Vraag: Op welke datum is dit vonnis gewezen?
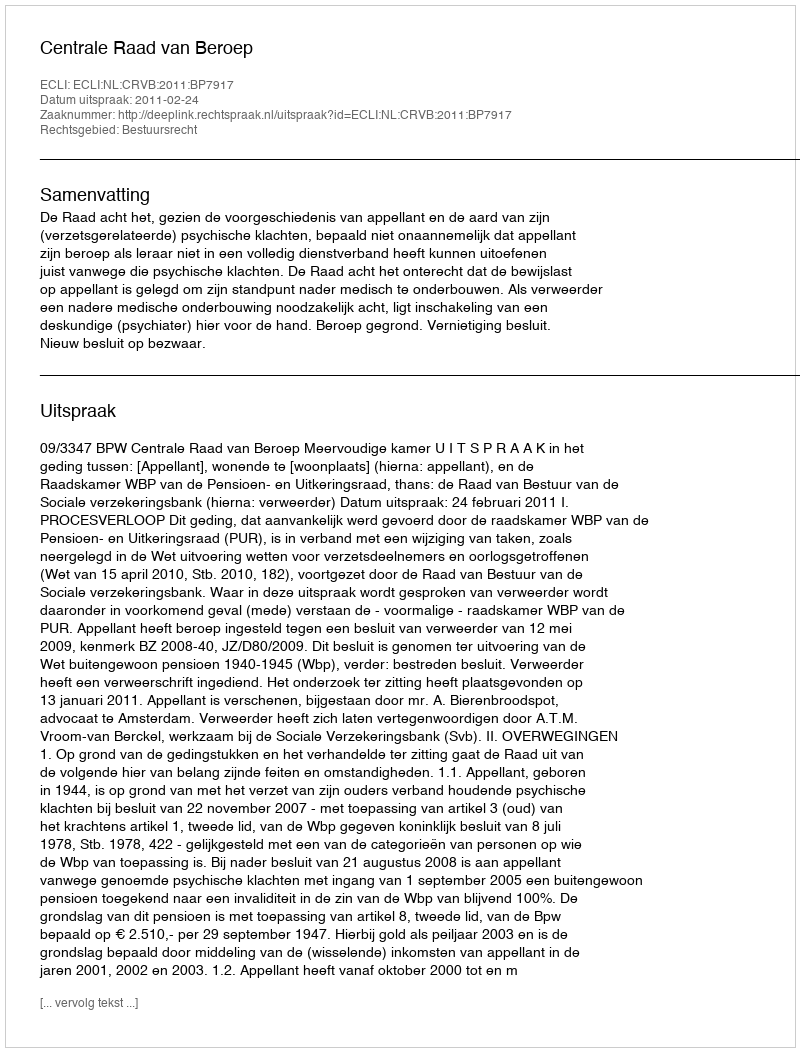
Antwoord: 2011-02-24